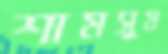
শামসুয